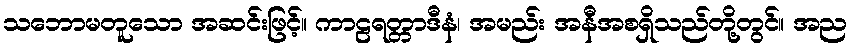
သဘောမတူသော အဆင်းဖြင့်။ ကာဠရတ္တာဒီနံ၊ အမည်း အနီအစရှိသည်တို့တွင်။ အည